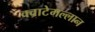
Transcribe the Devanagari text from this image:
क्वाटेमल्लान